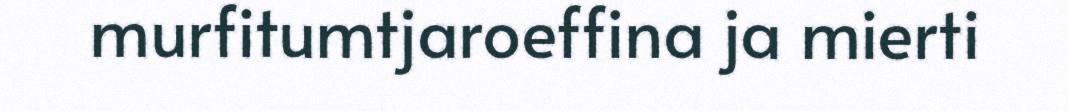
murfitumtjaroeffina ja mierti